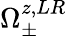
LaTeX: \Omega_{\pm}^{z,LR}